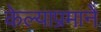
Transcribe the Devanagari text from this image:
केल्याप्रमाने